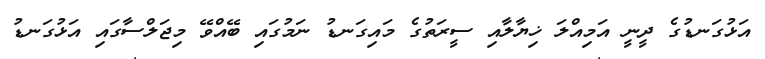
އަޅުގަނޑުގެ ދީނީ އަމިއްލަ ޚިޔާލާއި ސީރަތުގެ މައިގަނޑު ނަމުގައި ބޭއްވޭ މިޖަލްސާގައި އަޅުގަނޑު